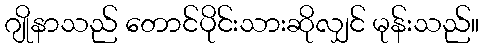
ဂျိုနာသည် တောင်ပိုင်းသားဆိုလျှင် မုန်းသည်။